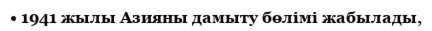
• 1941 жылы Азияны дамыту бөлімі жабылады,